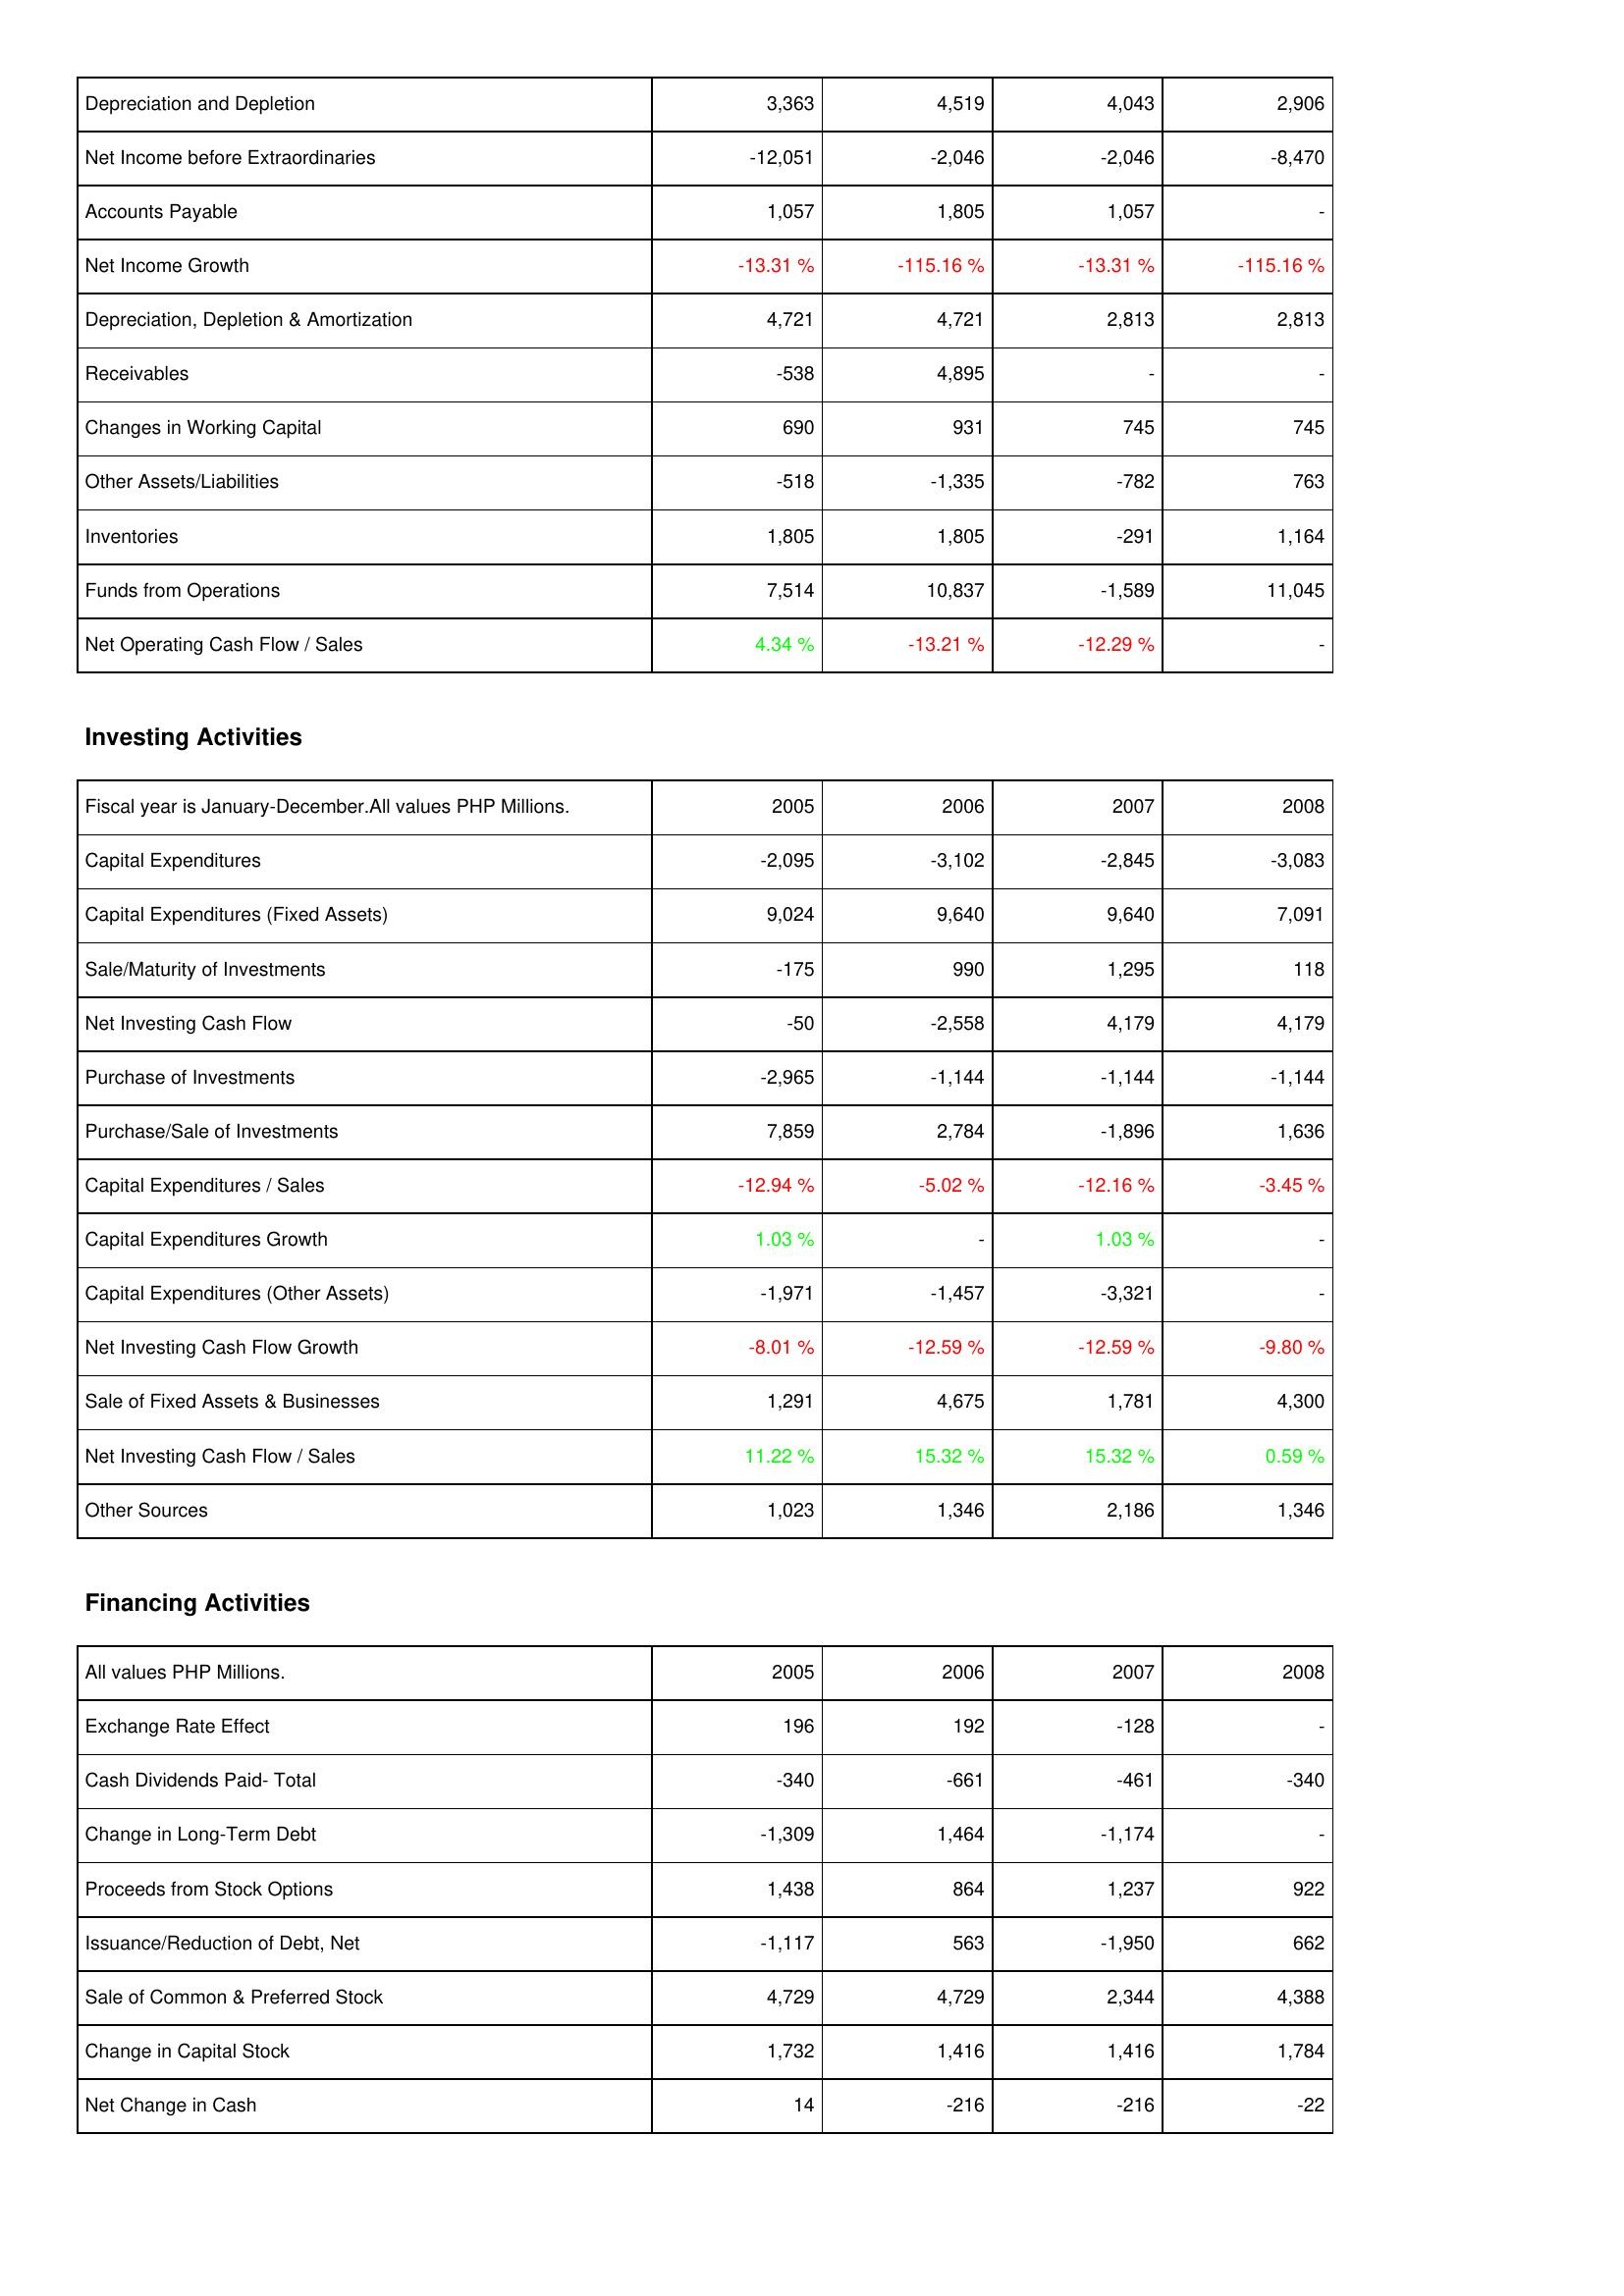
2005: Operating Activities: Depreciation and Depletion: 3,363
Net Income before Extraordinaries: -12,051
Accounts Payable: 1,057
Net Income Growth: -13.31 %
Depreciation, Depletion & Amortization: 4,721
Receivables: -538
Changes in Working Capital: 690
Other Assets/Liabilities: -518
Inventories: 1,805
Funds from Operations: 7,514
Net Operating Cash Flow / Sales: 4.34 %
Investing Activities: Capital Expenditures: -2,095
Capital Expenditures (Fixed Assets): 9,024
Sale/Maturity of Investments: -175
Net Investing Cash Flow: -50
Purchase of Investments: -2,965
Purchase/Sale of Investments: 7,859
Capital Expenditures / Sales: -12.94 %
Capital Expenditures Growth: 1.03 %
Capital Expenditures (Other Assets): -1,971
Net Investing Cash Flow Growth: -8.01 %
Sale of Fixed Assets & Businesses: 1,291
Net Investing Cash Flow / Sales: 11.22 %
Other Sources: 1,023
Financing Activities: Exchange Rate Effect: 196
Cash Dividends Paid- Total: -340
Change in Long-Term Debt: -1,309
Proceeds from Stock Options: 1,438
Issuance/Reduction of Debt, Net: -1,117
Sale of Common & Preferred Stock: 4,729
Change in Capital Stock: 1,732
Net Change in Cash: 14
2006: Operating Activities: Depreciation and Depletion: 4,519
Net Income before Extraordinaries: -2,046
Accounts Payable: 1,805
Net Income Growth: -115.16 %
Depreciation, Depletion & Amortization: 4,721
Receivables: 4,895
Changes in Working Capital: 931
Other Assets/Liabilities: -1,335
Inventories: 1,805
Funds from Operations: 10,837
Net Operating Cash Flow / Sales: -13.21 %
Investing Activities: Capital Expenditures: -3,102
Capital Expenditures (Fixed Assets): 9,640
Sale/Maturity of Investments: 990
Net Investing Cash Flow: -2,558
Purchase of Investments: -1,144
Purchase/Sale of Investments: 2,784
Capital Expenditures / Sales: -5.02 %
Capital Expenditures Growth: -
Capital Expenditures (Other Assets): -1,457
Net Investing Cash Flow Growth: -12.59 %
Sale of Fixed Assets & Businesses: 4,675
Net Investing Cash Flow / Sales: 15.32 %
Other Sources: 1,346
Financing Activities: Exchange Rate Effect: 192
Cash Dividends Paid- Total: -661
Change in Long-Term Debt: 1,464
Proceeds from Stock Options: 864
Issuance/Reduction of Debt, Net: 563
Sale of Common & Preferred Stock: 4,729
Change in Capital Stock: 1,416
Net Change in Cash: -216
2007: Operating Activities: Depreciation and Depletion: 4,043
Net Income before Extraordinaries: -2,046
Accounts Payable: 1,057
Net Income Growth: -13.31 %
Depreciation, Depletion & Amortization: 2,813
Receivables: -
Changes in Working Capital: 745
Other Assets/Liabilities: -782
Inventories: -291
Funds from Operations: -1,589
Net Operating Cash Flow / Sales: -12.29 %
Investing Activities: Capital Expenditures: -2,845
Capital Expenditures (Fixed Assets): 9,640
Sale/Maturity of Investments: 1,295
Net Investing Cash Flow: 4,179
Purchase of Investments: -1,144
Purchase/Sale of Investments: -1,896
Capital Expenditures / Sales: -12.16 %
Capital Expenditures Growth: 1.03 %
Capital Expenditures (Other Assets): -3,321
Net Investing Cash Flow Growth: -12.59 %
Sale of Fixed Assets & Businesses: 1,781
Net Investing Cash Flow / Sales: 15.32 %
Other Sources: 2,186
Financing Activities: Exchange Rate Effect: -128
Cash Dividends Paid- Total: -461
Change in Long-Term Debt: -1,174
Proceeds from Stock Options: 1,237
Issuance/Reduction of Debt, Net: -1,950
Sale of Common & Preferred Stock: 2,344
Change in Capital Stock: 1,416
Net Change in Cash: -216
2008: Operating Activities: Depreciation and Depletion: 2,906
Net Income before Extraordinaries: -8,470
Accounts Payable: -
Net Income Growth: -115.16 %
Depreciation, Depletion & Amortization: 2,813
Receivables: -
Changes in Working Capital: 745
Other Assets/Liabilities: 763
Inventories: 1,164
Funds from Operations: 11,045
Net Operating Cash Flow / Sales: -
Investing Activities: Capital Expenditures: -3,083
Capital Expenditures (Fixed Assets): 7,091
Sale/Maturity of Investments: 118
Net Investing Cash Flow: 4,179
Purchase of Investments: -1,144
Purchase/Sale of Investments: 1,636
Capital Expenditures / Sales: -3.45 %
Capital Expenditures Growth: -
Capital Expenditures (Other Assets): -
Net Investing Cash Flow Growth: -9.80 %
Sale of Fixed Assets & Businesses: 4,300
Net Investing Cash Flow / Sales: 0.59 %
Other Sources: 1,346
Financing Activities: Exchange Rate Effect: -
Cash Dividends Paid- Total: -340
Change in Long-Term Debt: -
Proceeds from Stock Options: 922
Issuance/Reduction of Debt, Net: 662
Sale of Common & Preferred Stock: 4,388
Change in Capital Stock: 1,784
Net Change in Cash: -22